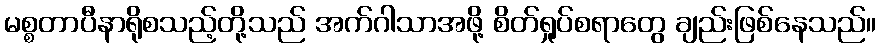
မစ္စတာပီနာရိုစသည့်တို့သည် အက်ဂါသာအဖို့ စိတ်ရှုပ်စရာတွေ ချည်းဖြစ်နေသည်။